Vaccination United Provinces of Agra and Oudh 1923-1928 - 1923-1928
Year: 1923
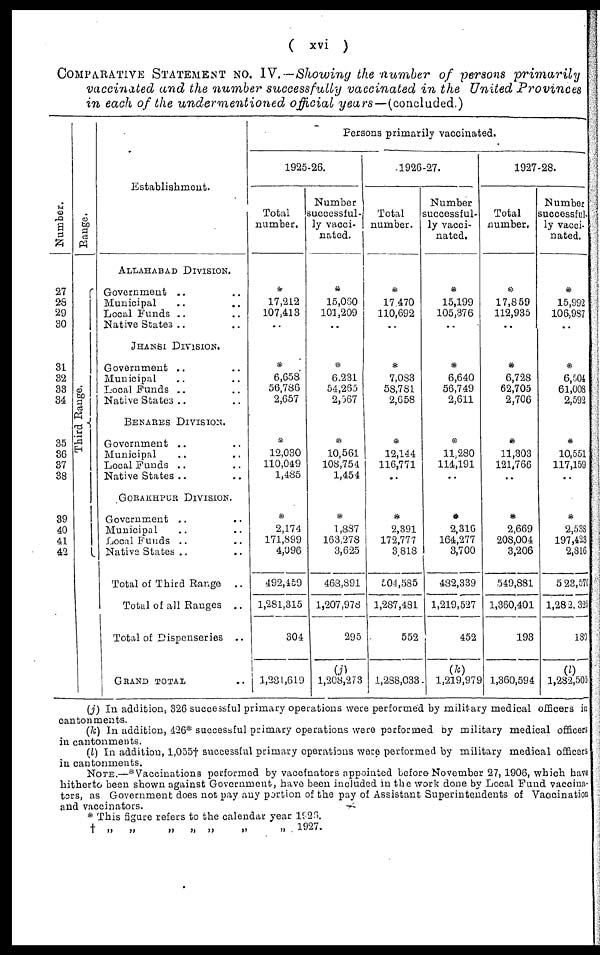
( xvi )
COMPARATIVE STATEMENT NO. IV.—Showing the number of persons
primarily
vaccinated and the number successfully vaccinated in the United Provinces
in each of the undermentioned
official
years—(concluded.)
Number.
27
28
29
30
31
32
33
34
35
36
37
38
39
40
41
42
Range.
Third Range.
Establishment.
ALLAHABAD DIVISION.
Government .. ..
Municipal .. ..
Local Funds .. ..
Native States .. ..
JHANSI DIVISION.
Government .. ..
Municipal .. ..
Local Funds .. ..
Native States .. ..
BENARES DIVISION.
Government .. ..
Municipal .. ..
Local Funds .. ..
Native States .. ..
GORAKHPUR DIVISION.
Government .. ..
Municipal .. ..
Local Funds .. ..
Native States .. ..
Total of Third Range ..
Total of all Ranges ..
Total of Dispenseries ..
GRAND TOTAL ..
Persons primarily vaccinated.
1925-26.
Total
number.
*
17,212
107,413
..
*
6,658
56,786
2,657
*
12,030
110,049
1,485
*
2,174
171,899
4,096
492,459
1,281,315
304
1,281,619
Number
successful-
ly vacci-
nated.
*
15,060
101,209
..
*
6,231
54,265
2,567
*
10,561
108,754
1,454
*
1,887
163,278
3,625
468,891
1,207,978
295
(j)
1,208,273
1926-27.
Total
number.
*
17,470
110,692
..
*
7,083
58,781
2,658
*
12,144
116,771
..
*
2,391
172,777
3,818
504,585
1,287,481
552
1,288,033
Number
successful-
ly vacci-
nated.
*
15,199
105,376
..
*
6,640
56,749
2,611
*
11,280
114,191
..
*
2,316
164,277
3,700
482,339
1,219,527
452
(k)
1,219,979
1927-28.
Total
number.
*
17,859
112,935
..
*
6,728
62,705
2,706
*
11,303
121,766
..
*
2,669
208,004
3,206
549,881
1,360,401
193
1,360,594
Number
successful¬
ly vacci-
nated.
*
15,992
106,987
..
*
6,504
61,008
2,592
*
10,551
117,159
..
*
2,538
197,423
2,816
523,570
1,282,325
180
(l)
1,282,505
(j) In addition, 326 successful primary operations were performed by military medical officers in
cantonments.
(k) In addition, 426* successful primary operations were performed by military medical officers
in cantonments.
(l) In addition, 1,055† successful primary operations were performed by military medical officers
in cantonments.
NOTE.—* Vaccinations performed by vaccinators appointed before November 27, 1906, which have
hitherto been shown against Government, have been included in the work done by Local Fund vaccina¬
tors, as Government does not pay any portion of the pay of Assistant Superintendents of Vaccination
and vaccinators.
* This figure refers to the calendar year 1926.
†
„
„
„
„
„
„
„ 1927.